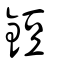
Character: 鋀